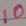
Text: 10